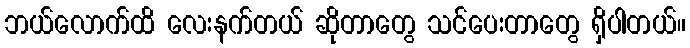
ဘယ်လောက်ထိ လေးနက်တယ် ဆိုတာတွေ သင်ပေးတာတွေ ရှိပါတယ်။